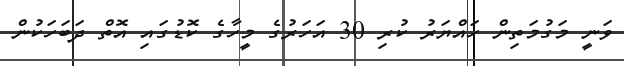
ވަނީ މަގުމަތިން ހައްޔަރު ކުރި 30 އަހަރުގެ މީހާގެ ކޮޑުގައި އޮތް ދަބަހަކުން